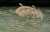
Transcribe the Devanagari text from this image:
मनोरचनेचे